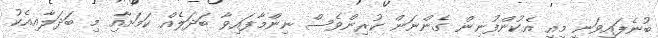
ބުނެފައިވަނީ މިއީ އެކުންފުނިން ގެންނަން ކުރިންވެސް ނިންމާފައިވާ ބަދަލެއް ކަމަށާއި މި ބަދަލާއިއެކު